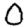
Digit: 0